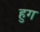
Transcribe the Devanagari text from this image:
हुग